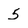
Character: 5